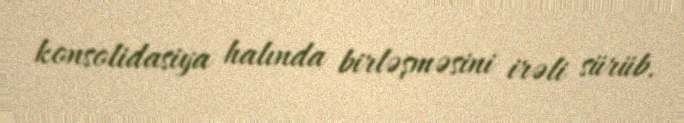
konsolidasiya halında birləşməsini irəli sürüb.